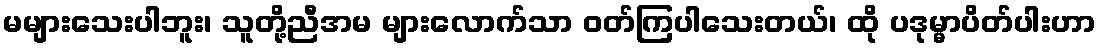
မများသေးပါဘူး၊ သူတို့ညီအမ များလောက်သာ ဝတ်ကြပါသေးတယ်၊ ထို ပဒုမ္မာပိတ်ပါးဟာ